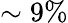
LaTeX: \sim 9\%